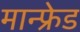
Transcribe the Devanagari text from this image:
मान्फ्रेड